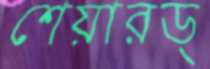
শেয়ারড্